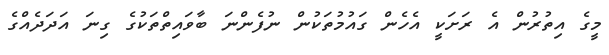
މީގެ އިތުރުން އެ ރަށަކީ އެހެން ގައުމުތަކުން ނުފެންނަ ބާވައިތްތަކުގެ ގިނަ އަދަދެއްގެ